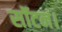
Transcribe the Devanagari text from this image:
सॉटन।